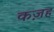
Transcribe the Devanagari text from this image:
कज़ह